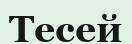
Тесей